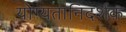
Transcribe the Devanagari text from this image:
योग्यतानिदर्शक